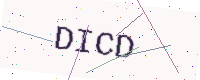
Text: DICD